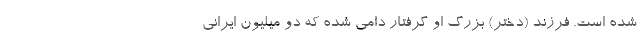
شده است. فرزند (دختر) بزرگ او گرفتار دامی شده که دو میلیون ایرانی